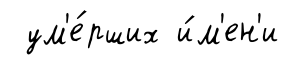
ум'е́рших и́м'ен'и